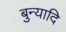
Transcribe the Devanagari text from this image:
बुन्यादि